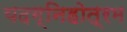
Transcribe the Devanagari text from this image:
यदग्निहोत्रम